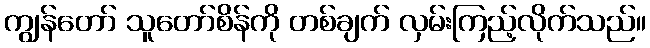
ကျွန်တော် သူတော်စိန်ကို တစ်ချက် လှမ်းကြည့်လိုက်သည်။